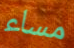
مساء